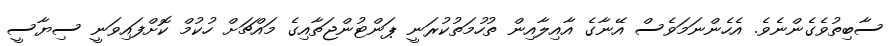
ސާބިތުވެގެންނެވެ. އެހެންނަމަވެސް އޭނާގެ އާއިލާއިން ތުހުމަތުކުރަނީ ޕަންޓުންޖަތާއިގެ މައްޗަށް ހުކުމް ކޮށްފައިވަނީ ސިޔާސީ